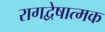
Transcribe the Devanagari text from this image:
रागद्वेषात्मक